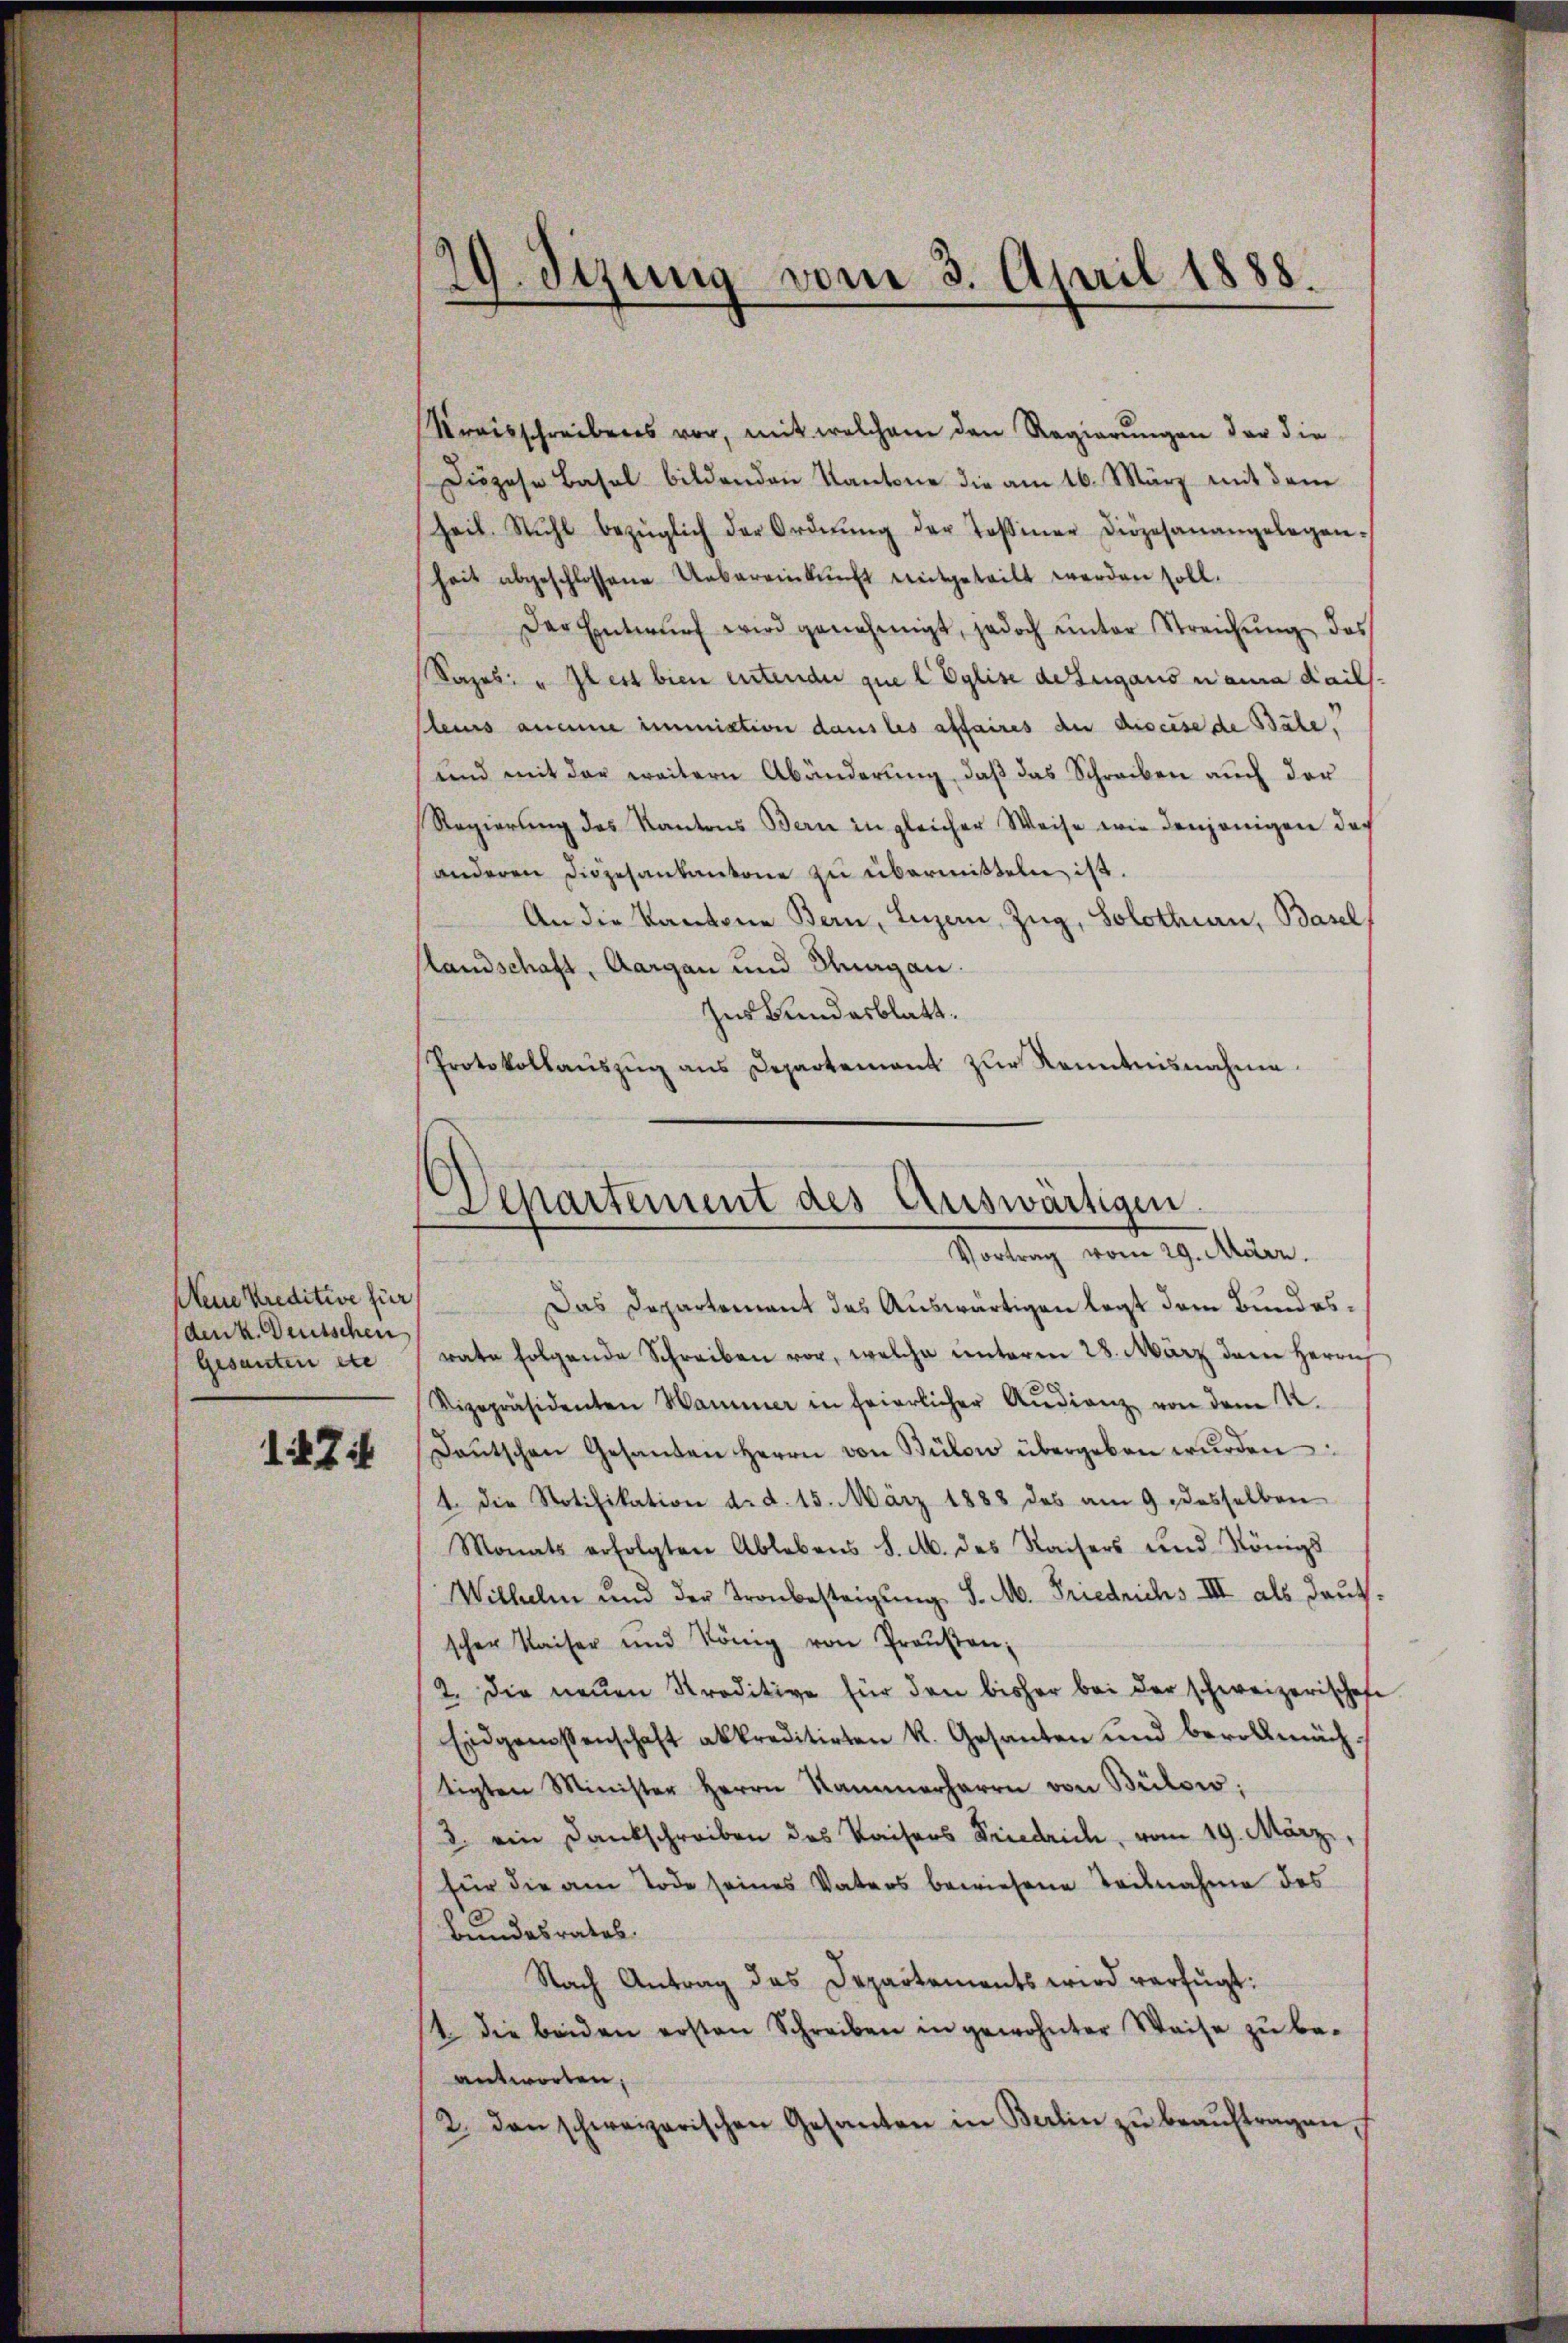
Meine Kreditive für
den k. Deutschen
Gesanten etc

17

Kreisschreibens vor, mit welchem den Regierungen der die
Diözese Basel bildenden Kantone die am 16. März mit dem
Zeit. Stuhl bezüglich der Ordnŭng der Tessiner Diözesanangelegen-
heit abgeschlossene Uebereinkŭnft mitgeteilt werden soll.
Der Entwŭrf wird genehmigt, jedoch ŭnter Streichŭng des
Sazes: „Il est bien entender que l Eglise dazugaus aura Kails.
Pleurs aneine immiation dans les affaires du diseise de Bale,
und mit der weitern Abänderung, daß das Schreiben auch der
Regierung des Kantons Bern in gleicher Weise wie denjenigen doch
anderen Diözesankantone zu übermitteln ist.
An die Kantone Bern, Luzern, Zug, Solothurn, Basel,
Handschaft, Aargau und Hagan.
Zus Bundesblatt.
Protokollaŭszŭg ans Departement zŭr Kenntnisnahme.

29. Jezung vom 3. April 1888.

Departement des Auswärtigen
Vortrag vom 29. März.

Das Departement das Auswärtigen legt dem Bundesrate folgende Schreiben vor, welche unteren 28. März dem Herrn
Vizepräsidenten Hammer in feierlicher Audienz von dem N.
Daŭtschen Gesanden Herrn von Bülow übergeben wŭrden:
1. die Notifikation d. d. 15. März 1888 des am 9. desselben
Monats erfolgten Ablebens S. M. des Kaisers und Königs
Wilhelm und der Tronbesteigung S. M. Friedrichs III. als daut.
scher Kaiser und König von Preŭβen;
2. Die neuen Kreditive für den bisher bei der schweizerischehe
Eidgenossenschaft abkreditirten k. Gesanten und bevollmächtigten Minister Herrn Kammerharre von Bülow:
3 ein Dankschreiben des Kaisers Friedrich, vom 19. März,
für die am Tode seines Vaters bewiesene Teilnahme des
Bundesrates.
Nach Antrag das Departements wird verfügt:
1 die beiden ersten Schreiben in gewohnter Weise zŭ be-
antworten,
2. den schweizerischen Gesanten in Berlin zŭ beaŭftragen.